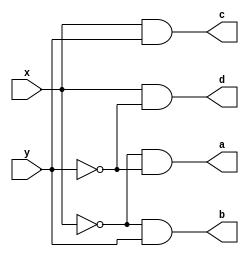
`timescale 1ns / 1ps
//////////////////////////////////////////////////////////////////////////////////
// Company: 
// Engineer: 
// 
// Design Name: 
// Module Name:    Decoder 
// Project Name: 
// Target Devices: 
// Tool versions: 
// Description: 
//
// Dependencies: 
//
// Revision: 
// Revision 0.01 - File Created
// Additional Comments: 
//
//////////////////////////////////////////////////////////////////////////////////
module Decoder(x,y,a,b,c,d);
	input x,y;
	output a,b,c,d;
	assign a=(!x)&(!y);
	assign b=(!x)&y;
	assign c=x&y;
	assign d=x&(!y);
endmodule